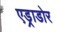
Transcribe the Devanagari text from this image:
एड्राडोर